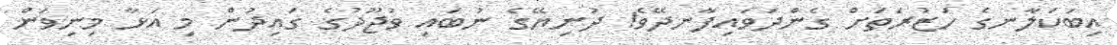
އިބަކަލާނގެ ހަޒުރަތަށް ގެންދަވައިފާނދޭވެ! ދުނިޔޭގެ ނުބައި ވުޖޫދުގެ ގައިދުން މި އަޅާ މިނިވަން